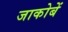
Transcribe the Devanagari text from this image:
जाकोबें